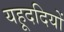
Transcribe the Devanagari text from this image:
यहूददियों